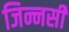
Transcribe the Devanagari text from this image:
जिन्नसी